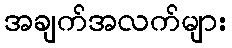
အချက်အလက်များ